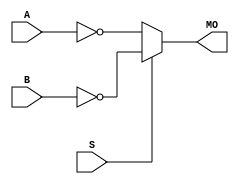
module nmux21 (MO,
               A,
               B,
               S);
    input A, B, S; 
    output MO; 
    assign MO = (S == 1) ? ~B : ~A; 
endmodule